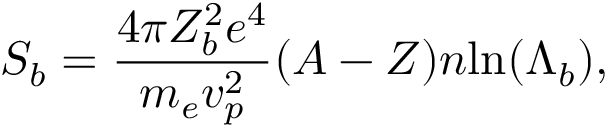
S _ { b } = \frac { 4 \pi Z _ { b } ^ { 2 } e ^ { 4 } } { m _ { e } v _ { p } ^ { 2 } } ( A - Z ) n \mathrm { l n } ( \Lambda _ { b } ) ,